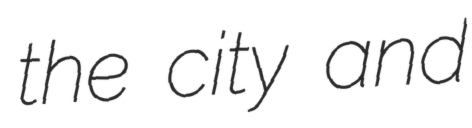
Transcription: the city and